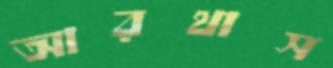
আরথাস